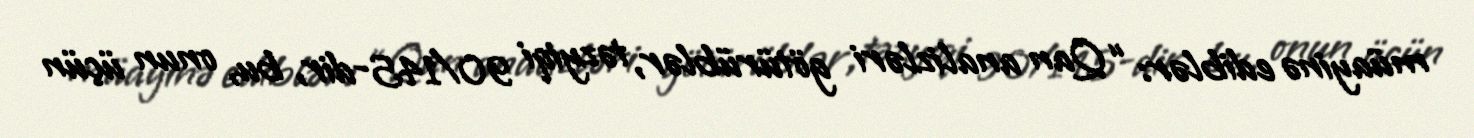
müayinə ediblər: “Qan analizləri götürüblər, təzyiqi 90/145-dir, bu, onun üçün